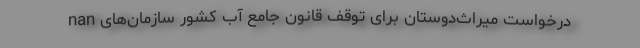
nan درخواست میراث‌دوستان برای توقف قانون جامع آب کشور سازمان‌های